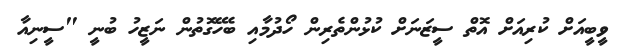
ވީބީއަށް ކުރިއަށް އޮތް ސީޒަނަށް ކުޅުންތެރިން ހޯދުމާއި ބެހޭގޮތުން ނަޒީހު ބުނީ "ސީނިއާ